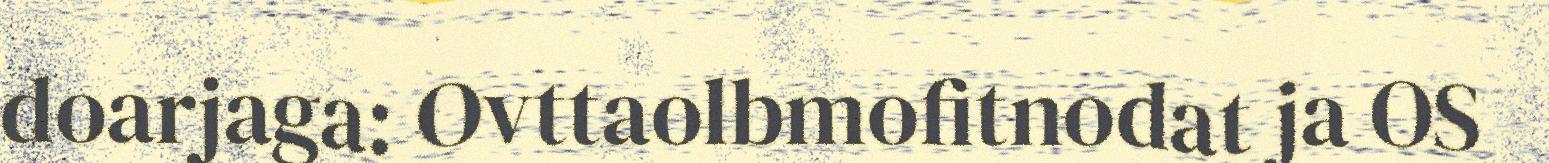
doarjaga: Ovttaolbmofitnodat ja OS